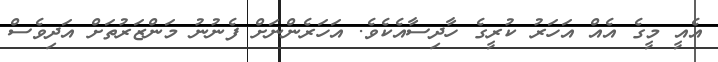
އެއީ މީގެ އެއް އަހަރު ކުރީގެ ހާދިސާއެކެވެ. އަހަރެންނަށް ފެނުނު މަންޒަރުތަށް އަދިވެސް